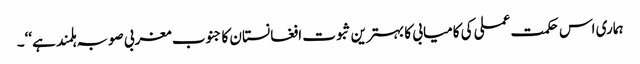
ہماری اس حکمت عملی کی کامیابی کا بہترین ثبوت افغانستان کا جنوب مغربی صوبہ ہلمند ہے‘‘۔